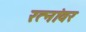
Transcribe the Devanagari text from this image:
रत्‍नांवर